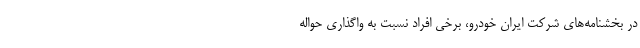
در بخشنامه‌های شرکت ایران خودرو، برخی افراد نسبت به واگذاری حواله